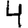
Digit: 4